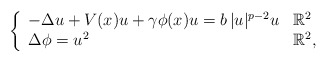
\begin{align*}\left\{\begin{array}{ll}- \Delta u + V(x)u + \gamma\phi(x)u = b\, |u|^{p-2}u& \mathbb{R}^2\\ \Delta \phi = u^2& \mathbb{R}^2, \end{array}\right.\end{align*}